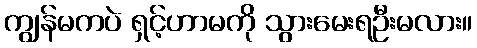
ကျွန်မကပဲ ရှင့်ဟာမကို သွားမေးရဦးမလား။